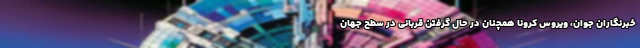
خبرنگاران جوان، ویروس کرونا همچنان در حال گرفتن قربانی در سطح جهان